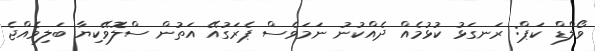
ވޯލްޑް ކަޕް: ރަނގަޅު ކުޅުމެއް ދެއްކުނު ނަމަވެސް ޕެރަގުއޭ އަތުން ސްލޮވޭކިޔާ ބަލިވެއްޖެ